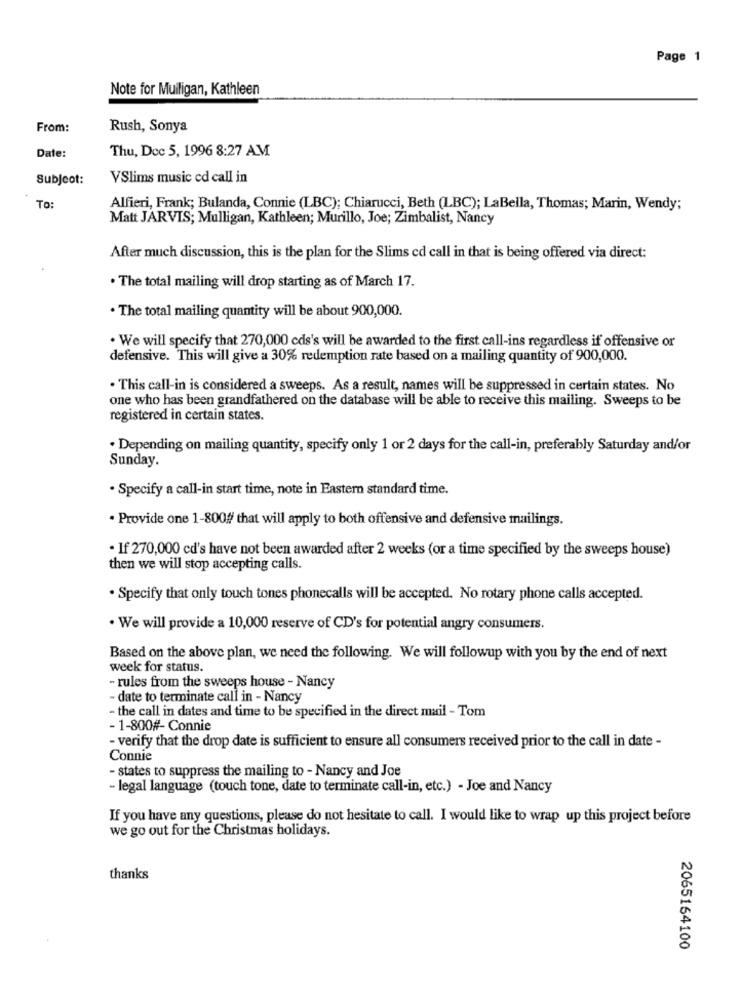
Page 1
Note for Mulligan, Kathleen
From:
Rush, Sonya
Date:
Thu, Dec 5, 1996 8:27 AM
Subject:
VSlims music ed call in
To:
Alfieri, Frank; Bulanda, Connie (LBC); Chiarucci, Beth (LBC); LaBella, Thomas; Marin, Wendy;
Matt JARVIS; Mulligan, Kathleen; Murillo, Joe; Zimbalist, Nancy
After much discussion, this is the plan for the Slims cd call in that is being offered via direct:
. The total mailing will drop starting as of March 17.
. The total mailing quantity will be about 900,000.
. We will specify that 270,000 cds's will be awarded to the first call-ins regardless if offensive or
defensive. This will give a 30% redemption rate based on a mailing quantity of 900,000.
· This call-in is considered a sweeps. As a result, names will be suppressed in certain states. No
one who has been grandfathered on the database will be able to receive this mailing. Sweeps to be
registered in certain states.
. Depending on mailing quantity, specify only 1 or 2 days for the call-in, preferably Saturday and/or
Sunday.
· Specify a call-in start time, note in Eastern standard time.
. Provide one 1-800# that will apply to both offensive and defensive mailings.
. If 270,000 cd's have not been awarded after 2 weeks (or a time specified by the sweeps house)
then we will stop accepting calls.
. Specify that only touch tones phonecalls will be accepted. No rotary phone calls accepted.
· We will provide a 10,000 reserve of CD's for potential angry consumers.
Based on the above plan, we need the following. We will followup with you by the end of next
week for status.
- rules from the sweeps house - Nancy
- date to terminate call in - Nancy
- the call in dates and time to be specified in the direct mail - Tom
- 1-800#- Connie
- verify that the drop date is sufficient to ensure all consumers received prior to the call in date -
Connie
- states to suppress the mailing to - Nancy and Joe
- legal language (touch tone, date to terminate call-in, etc.) - Joe and Nancy
If you have any questions, please do not hesitate to call. I would like to wrap up this project before
we go out for the Christmas holidays.
thanks
2065164100